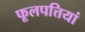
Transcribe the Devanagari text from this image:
फूलपत्तियां